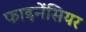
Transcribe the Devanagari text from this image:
फाइनेंसियर